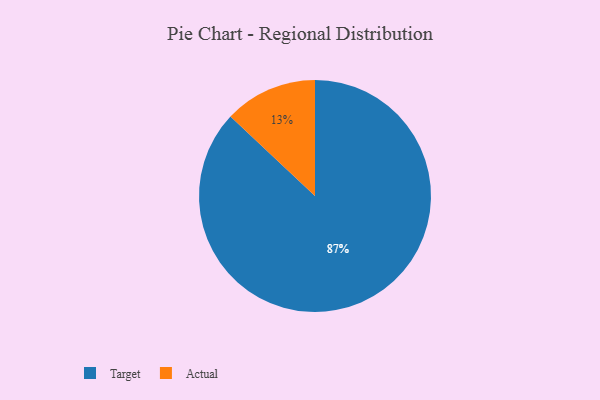
{"axis": {"x": "Category", "y": "Percentage"}, "legend": ["Actual", "Target"], "data": [{"x": "Actual", "y": 13, "type": "Actual"}, {"x": "Target", "y": 87, "type": "Target"}]}